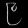
Digit: ၉